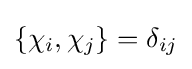
\{\chi _{i},\chi _{j}\}=\delta _{ij}